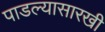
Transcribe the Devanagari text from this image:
पाडल्यासारखी